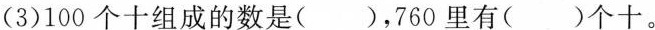
(3)100个十组成的数是()，760里有()个十。